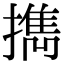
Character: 擕